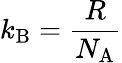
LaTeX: k_{\mathrm{B}}={\frac{R}{N_{\mathrm{A}}}}